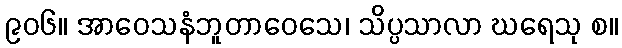
၉၀၆။ အာဝေသနံဘူတာဝေသေ၊ သိပ္ပသာလာ ဃရေသု စ။